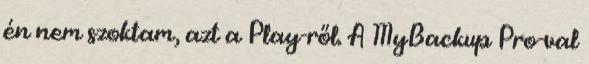
én nem szoktam, azt a Play-ről. A MyBackup Pro-val